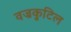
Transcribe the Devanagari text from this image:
वज्रकुटिल